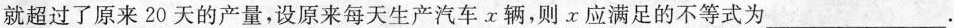
就超过了原来20天的产量，设原来每天生产汽车x辆，则x应满足的不等式为___.